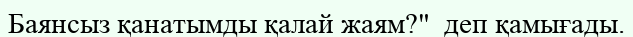
Баянсыз қанатымды қалай жаям?"  деп қамығады.